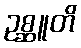
ဥစ္ဆူတိ